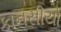
કાનસીયો